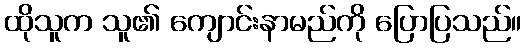
ထိုသူက သူ၏ ကျောင်းနာမည်ကို ပြောပြသည်။